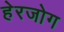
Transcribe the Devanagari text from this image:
हेरजोग